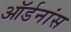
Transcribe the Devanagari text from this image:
ऑर्डनांस